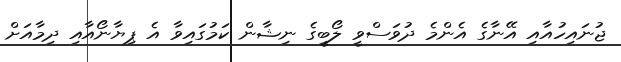
ޖުނައިހުއާއި އޭނާގެ އެންމެ ދުވަސްވީ ލޯބީގެ ނިޝާން ކަމުގައިވާ އެ ޕިޔާނޯއާއި ދިމާއަށް